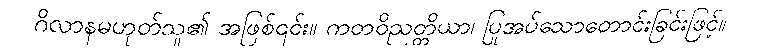
ဂိလာနမဟုတ်သူ၏ အဖြစ်၎င်း။ ကတဝိညတ္တိယာ၊ ပြုအပ်သောတောင်းခြင်းဖြင့်။